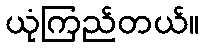
ယုံကြည်တယ်။